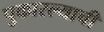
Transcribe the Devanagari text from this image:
पुकारल्याची